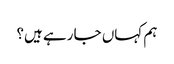
ہم کہاں جا رہے ہیں؟